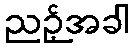
ညဉ့်အခါ